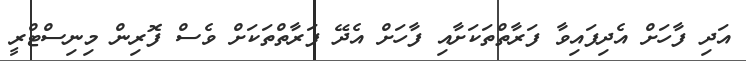
އަދި ފާހަށް އެދިފައިވާ ފަރާތްތަކަށާއި ފާހަށް އެދޭ ފަރާތްތަކަށް ވެސް ފޮރިން މިނިސްޓްރީ